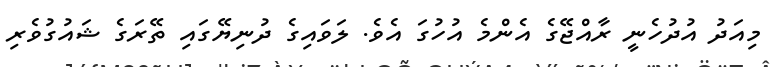
މިއަދު އުދުހެނީ ރާއްޖޭގެ އެންމެ އުހުގަ އެވެ. ލަވައިގެ ދުނިޔޭގައި ތޭރަގެ ޝައުގުވެރި